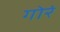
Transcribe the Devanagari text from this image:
गोरं